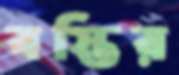
বস্তির